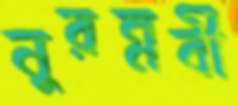
নুরন্নবী